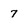
Character: 7